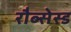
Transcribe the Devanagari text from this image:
रौब्सेस्ड